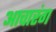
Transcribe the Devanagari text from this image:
आचारंग